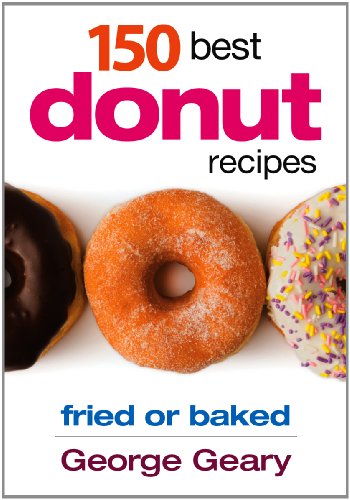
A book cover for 150 Best Donut Recipes: Fried or Baked; George Geary; Cookbooks, Food & Wine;